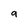
Character: 9